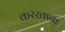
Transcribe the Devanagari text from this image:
करखाना